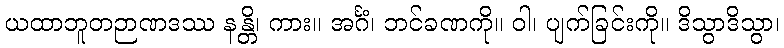
ယထာဘူတဉာဏဒဿ နန္တိ၊ ကား။ အင်္ဂံ၊ ဘင်ခဏကို။ ဝါ၊ ပျက်ခြင်းကို။ ဒိသွာဒိသွာ၊